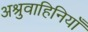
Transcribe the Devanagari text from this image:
अश्रुवाहिनियाँ